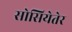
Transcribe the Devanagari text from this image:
सोसियेतेर